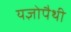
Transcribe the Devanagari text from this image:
यज्ञोपैथी